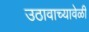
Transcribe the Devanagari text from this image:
उठावाच्यावेळी